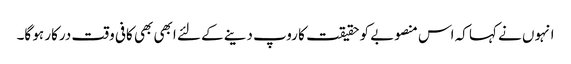
انہوں نے کہا کہ اس منصوبے کو حقیقت کا روپ دینے کے لئے ابھی بھی کافی وقت درکار ہو گا۔